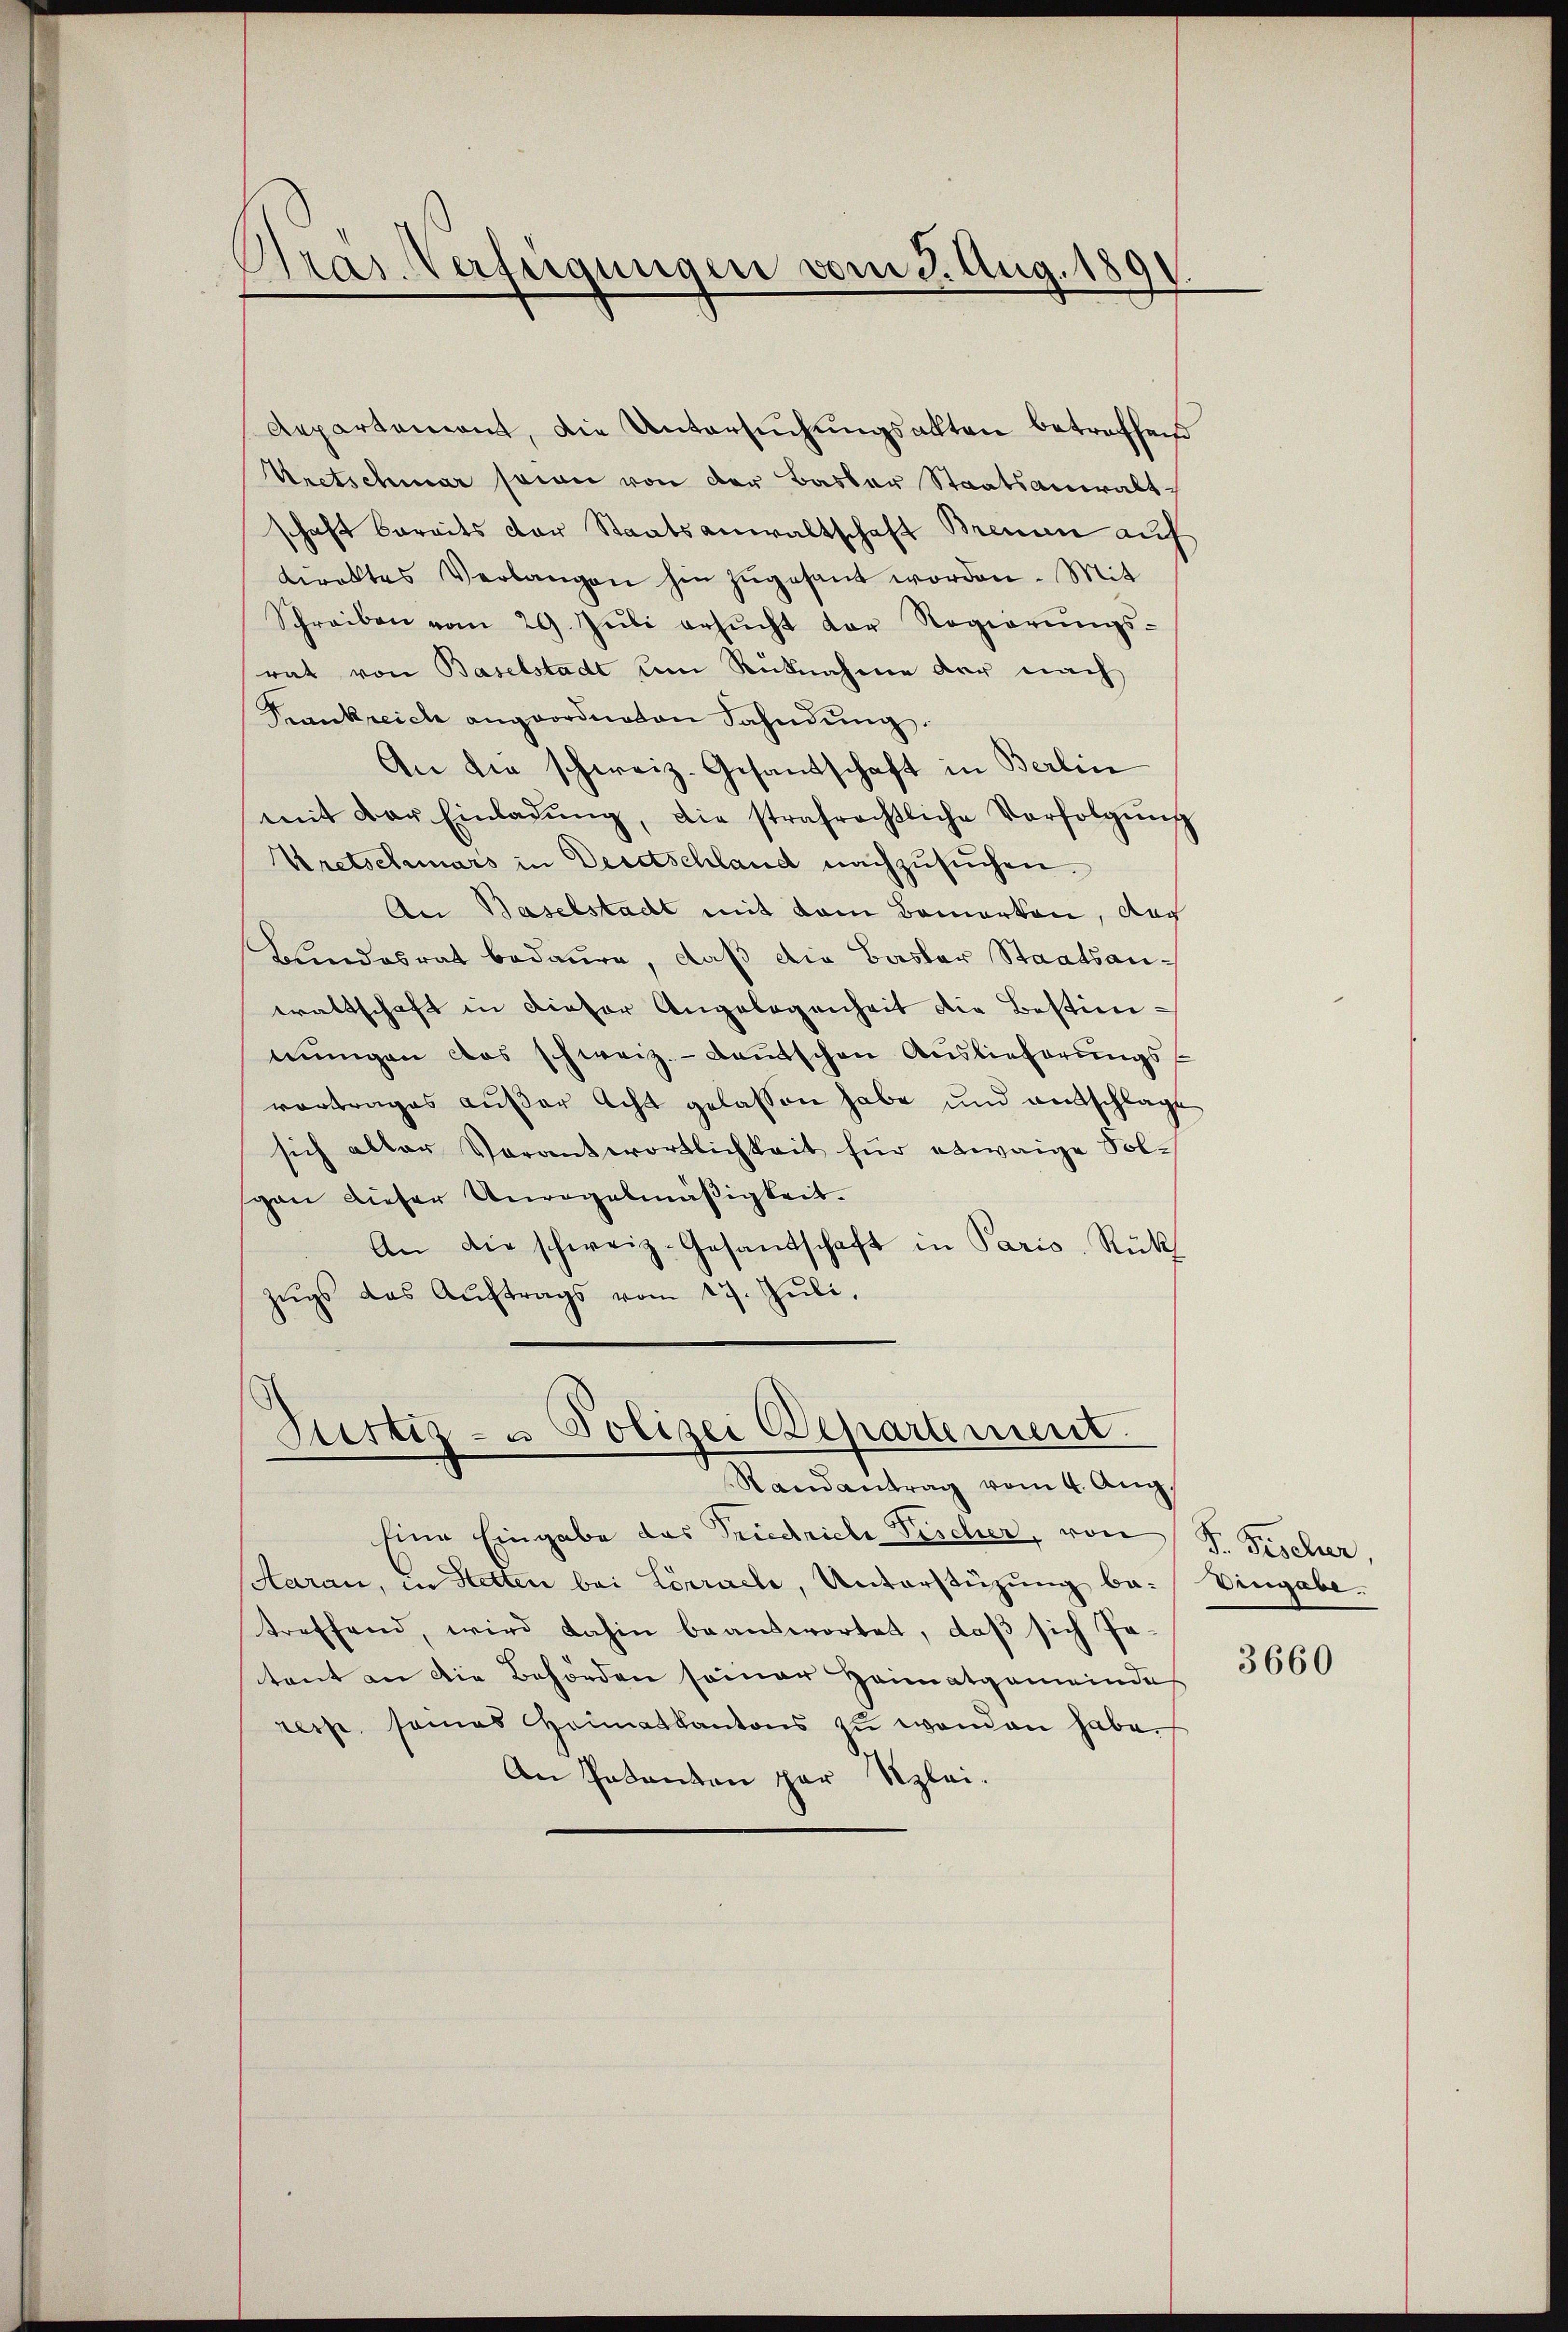
Gras Verfügungen vom 3. Aug. 1891

Vretschwar seien von der Basler Staatsanwalt-
schaft bereits der Staatsanwaltschaft Brennen auf
direktes Verlangen hin zŭgesant worden. Mit
Schreiben vom 29. Jŭli ersŭcht der Regierŭngs-
rat von Baselstadt um Rücknahme der nach
Frankreich angeordneten Fahndŭng.
An die schweiz. Gesandschaft in Berlin
mit der Einladŭng, die strafrechtliche Verfolgŭng
Vretschmars in Deutschland nachzusuchen.
An Baselstadt mit kam Bamorton, das
Bundesrat bedaure, daß die Basler Staatsanwaltschaft in dieser Angelegenheit die Bestimmungen das schweiz.- deutschen Auslieferungsvortrages außer Acht gelassen habe und entschlage
sich aller Verantwortlichkeit für etwaige Solgan dieser Unregelmäßigkeit.
An die schweiz. Gesandschaft in Paris Rück
zŭgs das Aŭftrags vom 17. Jŭli,

Aepartement, die Untersuchungsakten betreffend

Gstiz- u Polizei Departement.
Randantrag vom 4. Aug.

Eine Eingabe das Friedrich Fischer, von F. Fischer,
Haran, in Stetten bei Lörrache, Unterstüzung betreffend, wird dahin beantwortet, daβ sich ge-
tent an die Behörden seiner Heimatgemeinde
reise seines Heimatkantons zu wenden habe,
An Pakanton par Szlei-

Vengabe.

3660